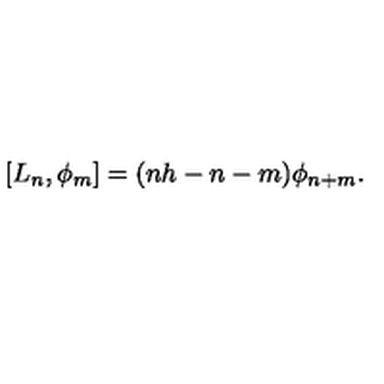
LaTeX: [ L _ { n } , \phi _ { m } ] = ( n h - n - m ) \phi _ { n + m } .